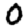
Digit: 0